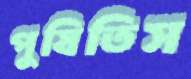
পুষিতিস